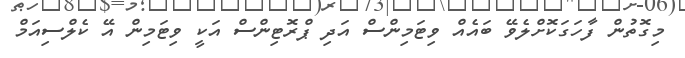
މިގޮތުން ފާހަގަކޮށްލެވޭ ބައެއް ވިޓަމިންސް އަދި ޕްރޮޓިންސް އަކީ ވިޓަމިން އޭ ކެލްސިއަމް